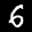
Label: 6